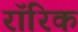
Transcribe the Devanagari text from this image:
रॉरिक